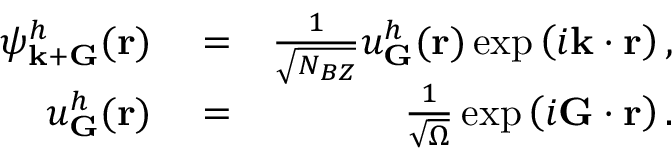
\begin{array} { r l r } { \psi _ { { \bf k } + { \bf G } } ^ { h } ( { \bf r } ) } & { { } = } & { \frac { 1 } { \sqrt { N _ { B Z } } } u _ { { \bf G } } ^ { h } ( { \bf r } ) \exp \left( i { \bf k } \cdot { \bf r } \right) , } \\ { u _ { \bf G } ^ { h } ( { \bf r } ) } & { { } = } & { \frac { 1 } { \sqrt { \Omega } } \exp \left( i { \bf G } \cdot { \bf r } \right) . } \end{array}